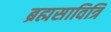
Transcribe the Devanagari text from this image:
ब्रह्मसावित्रि